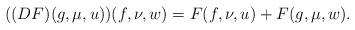
LaTeX: \begin{align*}((DF)(g,\mu,u))(f,\nu,w)=F(f,\nu,u)+F(g,\mu,w).\end{align*}